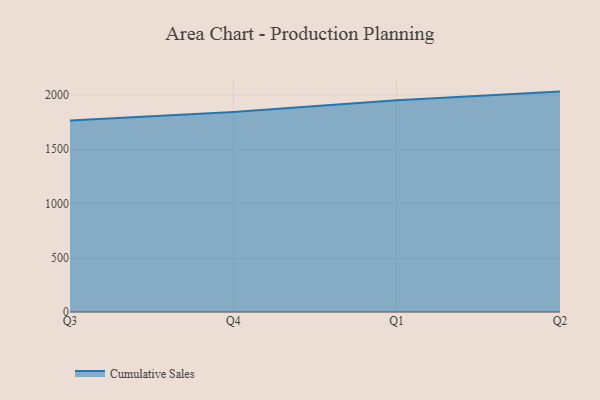
{"axis": {"x": "Quarter", "y": "Shipments"}, "legend": ["Cumulative Sales"], "data": [{"x": "Q3", "y": 1764.6, "type": "Cumulative Sales"}, {"x": "Q4", "y": 1844.5, "type": "Cumulative Sales"}, {"x": "Q1", "y": 1952.0, "type": "Cumulative Sales"}, {"x": "Q2", "y": 2031.8, "type": "Cumulative Sales"}]}